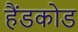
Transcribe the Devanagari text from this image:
हैंडकोड